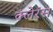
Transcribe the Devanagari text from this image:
क्लेरंस